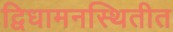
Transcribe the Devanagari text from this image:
द्विधामनस्थितीत